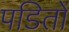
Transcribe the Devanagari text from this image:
पडितों